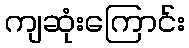
ကျဆုံးကြောင်း